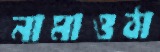
নামাওঠা